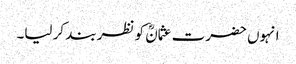
انہوں حضرت عثمانؓ کو نظر بند کر لیا۔